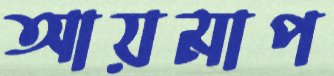
আয়মাপ